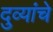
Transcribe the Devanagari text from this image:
दुव्यांचे